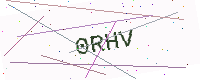
Text: 0RHV